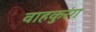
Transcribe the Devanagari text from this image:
वाहकुरंग